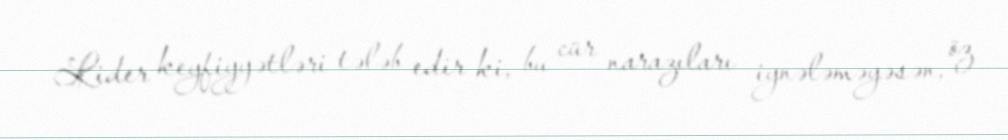
Lider keyfiyyətləri tələb edir ki, bu cür narazıları iynələməyəsən, öz